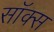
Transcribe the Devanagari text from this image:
सॉक्‍स